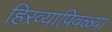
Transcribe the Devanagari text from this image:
हिरव्यापिवळ्या